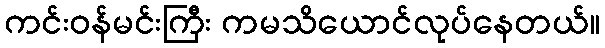
ကင်းဝန်မင်းကြီး ကမသိယောင်လုပ်နေတယ်။